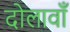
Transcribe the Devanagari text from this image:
दोलावाँ